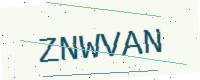
Text: ZNWVAN